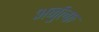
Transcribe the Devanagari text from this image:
अर्नुल्फ